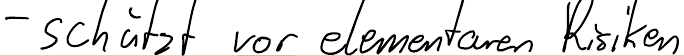
- schützt vor elementaren Risiken